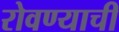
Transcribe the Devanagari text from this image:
रोवण्याची